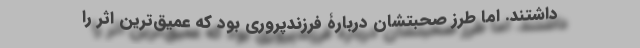
داشتند. اما طرز صحبتشان دربارۀ فرزندپروری بود که عمیق‌ترین اثر را